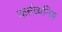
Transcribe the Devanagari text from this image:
कर्त्तव्यनिष्ठ